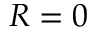
R = 0